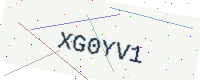
Text: XG0YV1